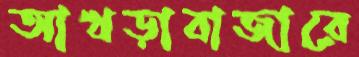
আখড়াবাজারে